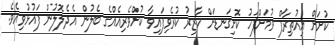
ކުށަށް އިއުތިރާފް ވުމަށްފަހު ކޮށިގަނޑަށް ހާޒިރު ކުރެވިފައިވާ ކުށްވެރިއެއްގެ ބެލުން އެދެލޮލުން ފައުޅުވިއެވެ.